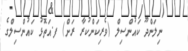
ނިލަންދޫ ކައުންސިލް (ވެރިކަންކުރާ ރަށް) ފ.އަތޮޅު ކައުންސިލްގެ